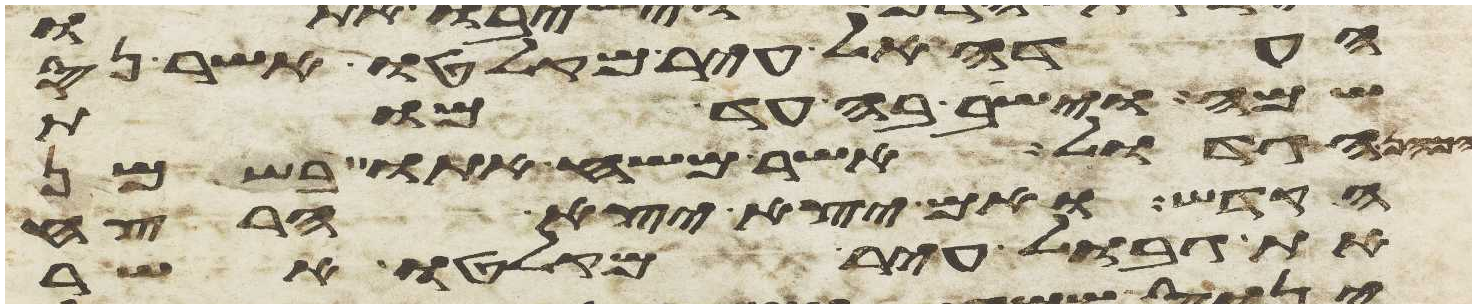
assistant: העדה אל עיר מקלטו אשר נס
שמה וישב בה עד מות
הגדול אשר משח אתו בשמן
הקדש ואם יצא יצא הרצח
את גבול עיר מקלטו אשר